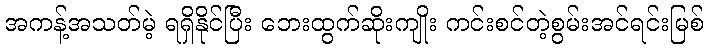
အကန့်အသတ်မဲ့ ရရှိနိုင်ပြီး ဘေးထွက်ဆိုးကျိုး ကင်းစင်တဲ့စွမ်းအင်ရင်းမြစ်